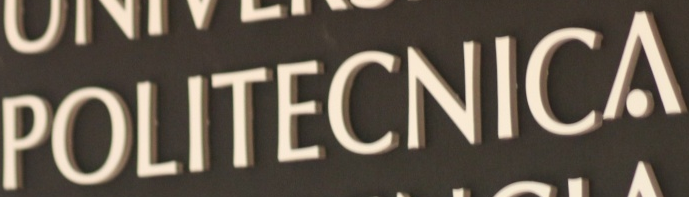
POLITECNICA